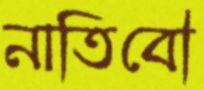
নাতিবৌ